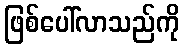
ဖြစ်ပေါ်လာသည်ကို